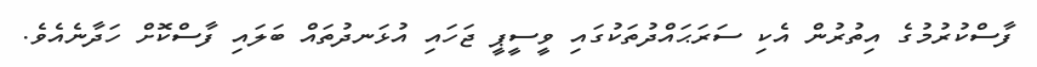
ފާސްކުރުމުގެ އިތުރުން އެކި ސަރަޙައްދުތަކުގައި ވީސީޕީ ޖަހައި އުޅަނދުތައް ބަލައި ފާސްކޮށް ހަދާނެއެވެ.